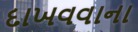
દાખવવાના